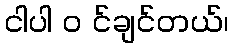
ငါပါ ၀ င်ချင်တယ်၊